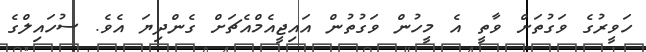
ހަވީރުގެ ވަގުތަށް ވާތީ އެ މީހުން ވަގުތުން އައިޖީއެމްއެޗަށް ގެންދިޔަ އެވެ. ސުހައިލްގެ